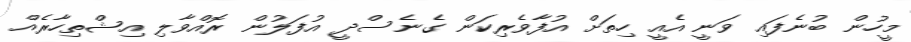
މީހުން ބުނެފައި ވަނީ އެއީ ހިތަށް އުފާވެރިކަން ގެނެސްދީ އުފަލުން ރޮއްވާލި އިޝްތިހާރެއް